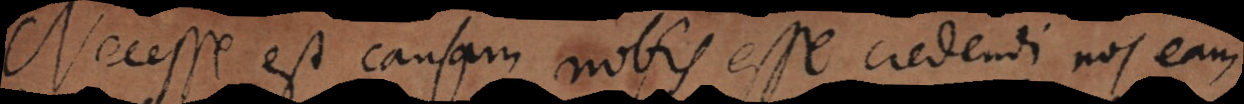
Necesse est causam nobis esse credendi nos eam